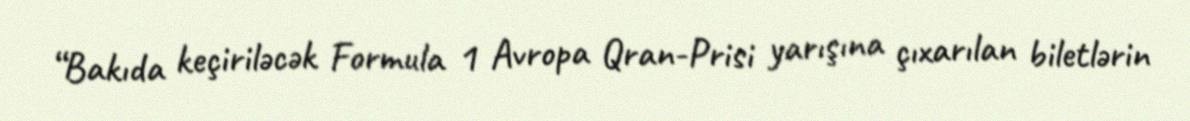
“Bakıda keçiriləcək Formula 1 Avropa Qran-Prisi yarışına çıxarılan biletlərin